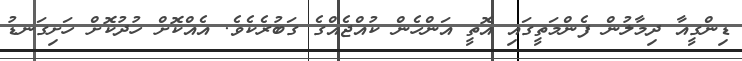
ޑިންގީއާ ދިމާލުން ފެންމަތީގައި އޮތީ އަންހެން ކުއްޖެއްގެ ގަބުރެކެވެ. އެއްކޮށް ހުދުކޮށް ހަށިގަނޑު